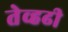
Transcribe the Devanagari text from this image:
तेव्हढी